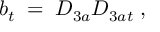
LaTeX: b _ { t } \; = \; D _ { 3 a } D _ { 3 a t } \; ,